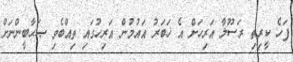
ފަހެ ކީރިތި ރަސޫލާ އަރިހަށް އެ ޚަބަރު އައުމުން އަރިހުގައި ތިއްބެވި ޞަޙާބީންނަށް